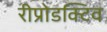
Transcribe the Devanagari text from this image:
रीप्रोडक्टिव